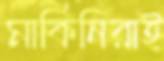
মার্কিনিরাই